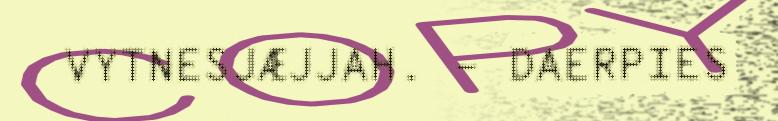
VYTNESJÆJJAH. – DAERPIES